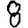
Digit: 8